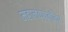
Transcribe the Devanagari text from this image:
महालक्ष्मीवर